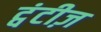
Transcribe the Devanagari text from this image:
ट्वंटीज़